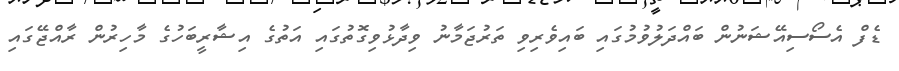
ޑެފް އެސޯސިއޭޝަނުން ބައްދަލުވުމުގައި ބައިވެރިވި ތަރުޖަމާނު ވިދާޅުވިގޮތުގައި އަތުގެ އިޝާރީބަހުގެ މާހިރުން ރާއްޖޭގައި